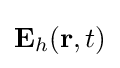
\mathbf {E} _{h}(\mathbf {r} ,t)